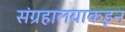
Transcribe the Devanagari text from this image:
संग्रहालयाकडून